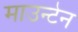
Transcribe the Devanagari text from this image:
माउन्‍टेन